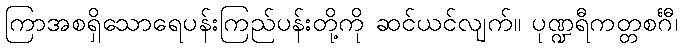
ကြာအစရှိသောရေပန်းကြည်ပန်းတို့ကို ဆင်ယင်လျက်။ ပုဏ္ဍရီကတ္တစင်္ဂီ၊